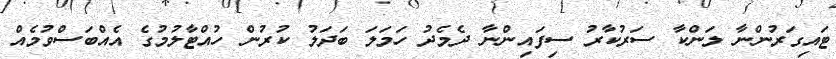
ޓައިގަރުންނާ ލަންކާ ސަރުކާރު ސިފައިންނާ ދެމެދު ހަމަލަ ބަދަލު ކުރުން ހުއްޓާލުމުގެ އެއްބަސްވުމެއް